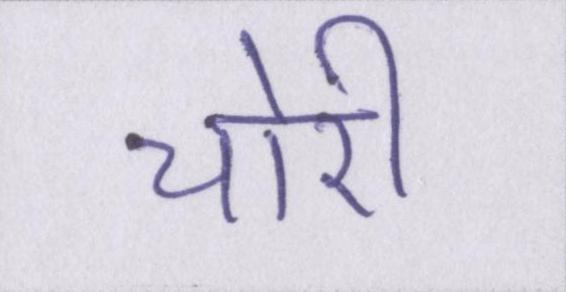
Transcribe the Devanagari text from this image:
चोरी